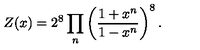
Z ( x ) = 2 ^ { 8 } \prod _ { n } \left( \frac { 1 + x ^ { n } } { 1 - x ^ { n } } \right) ^ { 8 } .